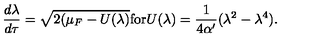
\frac { d \lambda } { d \tau } = \sqrt { 2 ( \mu _ { F } - U ( \lambda ) } \mathrm { f o r } U ( \lambda ) = \frac { 1 } { 4 \alpha ^ { \prime } } ( \lambda ^ { 2 } - \lambda ^ { 4 } ) .